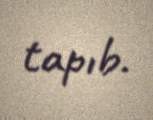
tapıb.